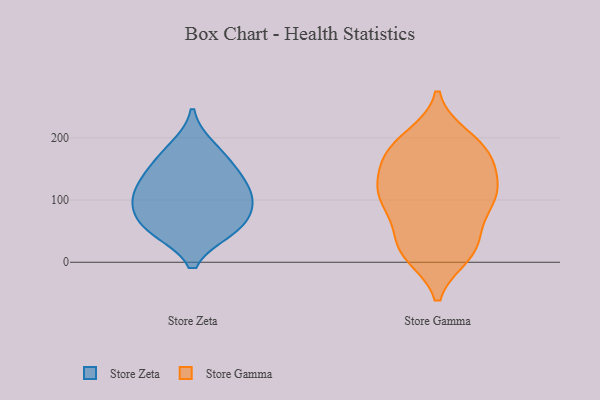
{"axis": {"x": "Budget (USD K)", "y": "Value"}, "legend": ["Store Gamma", "Store Zeta"], "data": [{"x": "", "y": 123, "type": "Store Zeta"}, {"x": "", "y": 56, "type": "Store Zeta"}, {"x": "", "y": 91, "type": "Store Zeta"}, {"x": "", "y": 185, "type": "Store Zeta"}, {"x": "", "y": 160, "type": "Store Zeta"}, {"x": "", "y": 57, "type": "Store Zeta"}, {"x": "", "y": 52, "type": "Store Zeta"}, {"x": "", "y": 99, "type": "Store Zeta"}, {"x": "", "y": 142, "type": "Store Zeta"}, {"x": "", "y": 107, "type": "Store Zeta"}, {"x": "", "y": 86, "type": "Store Gamma"}, {"x": "", "y": 102, "type": "Store Gamma"}, {"x": "", "y": 189, "type": "Store Gamma"}, {"x": "", "y": 164, "type": "Store Gamma"}, {"x": "", "y": 190, "type": "Store Gamma"}, {"x": "", "y": 23, "type": "Store Gamma"}, {"x": "", "y": 169, "type": "Store Gamma"}, {"x": "", "y": 27, "type": "Store Gamma"}, {"x": "", "y": 118, "type": "Store Gamma"}, {"x": "", "y": 118, "type": "Store Gamma"}, {"x": "", "y": 13, "type": "Store Gamma"}, {"x": "", "y": 114, "type": "Store Gamma"}, {"x": "", "y": 100, "type": "Store Gamma"}, {"x": "", "y": 200, "type": "Store Gamma"}, {"x": "", "y": 144, "type": "Store Gamma"}, {"x": "", "y": 15, "type": "Store Gamma"}, {"x": "", "y": 35, "type": "Store Gamma"}, {"x": "", "y": 86, "type": "Store Gamma"}, {"x": "", "y": 171, "type": "Store Gamma"}]}